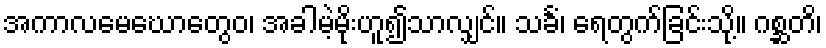
အကာလမေဃောတွေဝ၊ အခါမဲ့မိုးဟူ၍သာလျှင်။ သင်္ခံ၊ ရေတွက်ခြင်းသို့။ ဂစ္ဆတိ၊